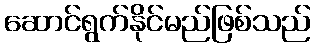
ဆောင်ရွက်နိုင်မည်ဖြစ်သည်